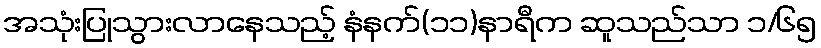
အသုံးပြုသွားလာနေသည့် နံနက်(၁၁)နာရီက ဆူသည်သာ ၁/၆၅